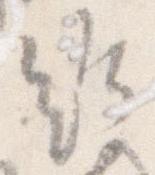
給